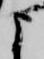
よ